Scottish Leaving Certificate Examination, 1957
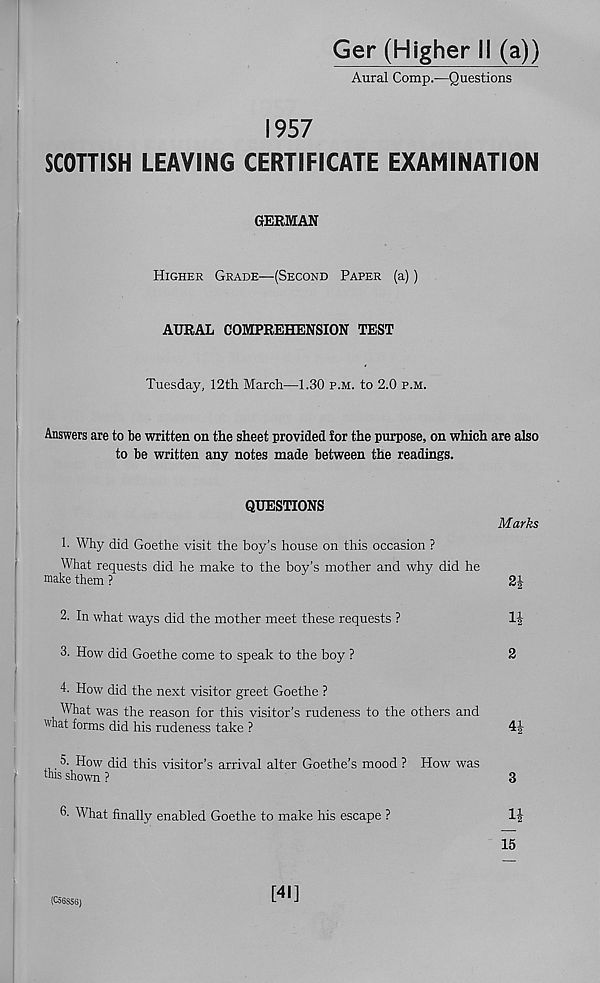
Ger (Higher II (a))
Aural Comp.—Questions
1957
SCOTTISH LEAVING CERTIFICATE EXAMINATION
GERMAN
Higher Grade—(Second Paper (a))
AURAL COMPREHENSION TEST
Tuesday, 12th March—1.30 p.m. to 2.0 p.m.
Answers are to be written on the sheet provided for the purpose, on which are also
to be written any notes made between the readings.
QUESTIONS
1. Why did Goethe visit the boy’s house on this occasion ?
What requests did he make to the boy’s mother and why did he
make them ?
Marks
2. In what ways did the mother meet these requests ?
3. How did Goethe come to speak to the boy ?
2
4. How did the next visitor greet Goethe ?
What was the reason for this visitor’s rudeness to the others and
what forms did his rudeness take ?
4|-
5- How did this visitor’s arrival alter Goethe’s mood ? How was
this shown ?
3
6. What finally enabled Goethe to make his escape ?
11
15
(C56856)
[41]